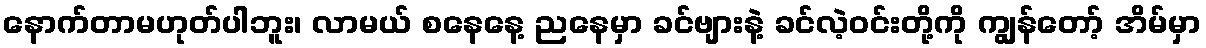
နောက်တာမဟုတ်ပါဘူး၊ လာမယ် စနေနေ့ ညနေမှာ ခင်ဗျားနဲ့ ခင်လဲ့ဝင်းတို့ကို ကျွန်တော့် အိမ်မှာ